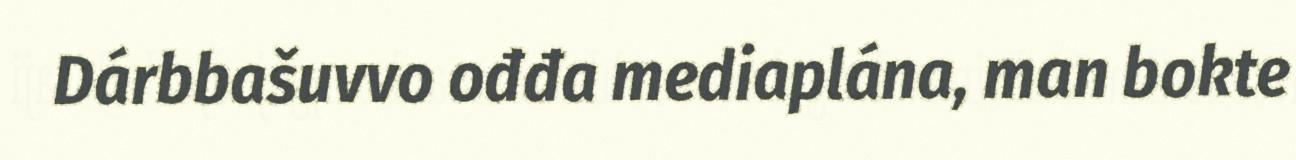
Dárbbašuvvo ođđa mediaplána, man bokte